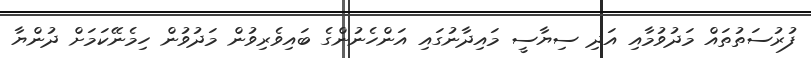
ފުރުސަތުތައް މަދުވުމާއި އަދި ސިޔާސީ މައިދާނުގައި އަންހެނުންގެ ބައިވެރިވުން މަދުުވުން ހިމެނޭކަމަށް ދުންޔާ